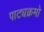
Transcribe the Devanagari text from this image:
पाट्यक्रमो